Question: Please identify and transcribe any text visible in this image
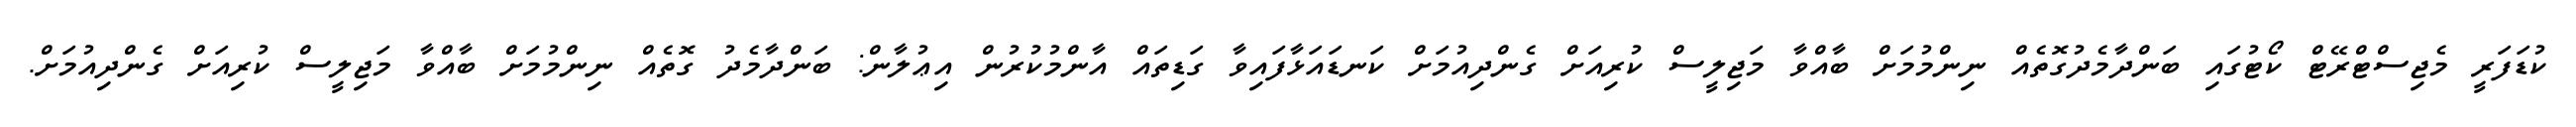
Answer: ކުޑަފަރީ މެޖިސްޓްރޭޓް ކޯޓުގައި ބަންދާމެދުގޮތެއް ނިންމުމަށް ބާއްވާ މަޖިލީސް ކުރިއަށް ގެންދިއުމަށް ކަނޑައަޅާފައިވާ ގަޑިތައް އާންމުކުރުން އިޢުލާން: ބަންދާމެދު ގޮތެއް ނިންމުމަށް ބާއްވާ މަޖިލީސް ކުރިއަށް ގެންދިއުމަށް.